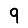
Digit: 9